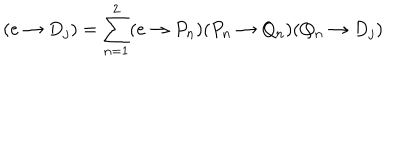
( e \rightarrow D _ { j } ) = \sum _ { n = 1 } ^ { 2 } ( e \rightarrow P _ { n } ) ( P _ { n } \rightarrow Q _ { n } ) ( Q _ { n } \rightarrow D _ { j } )